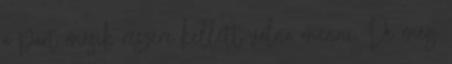
a part másik részére kellett volna menni. De még